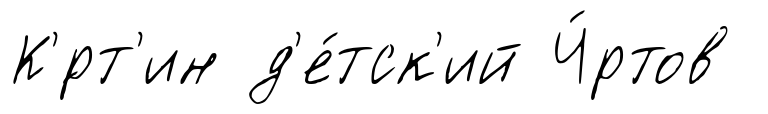
К'́рт'ин д'е́тск'ий Ч́ртов